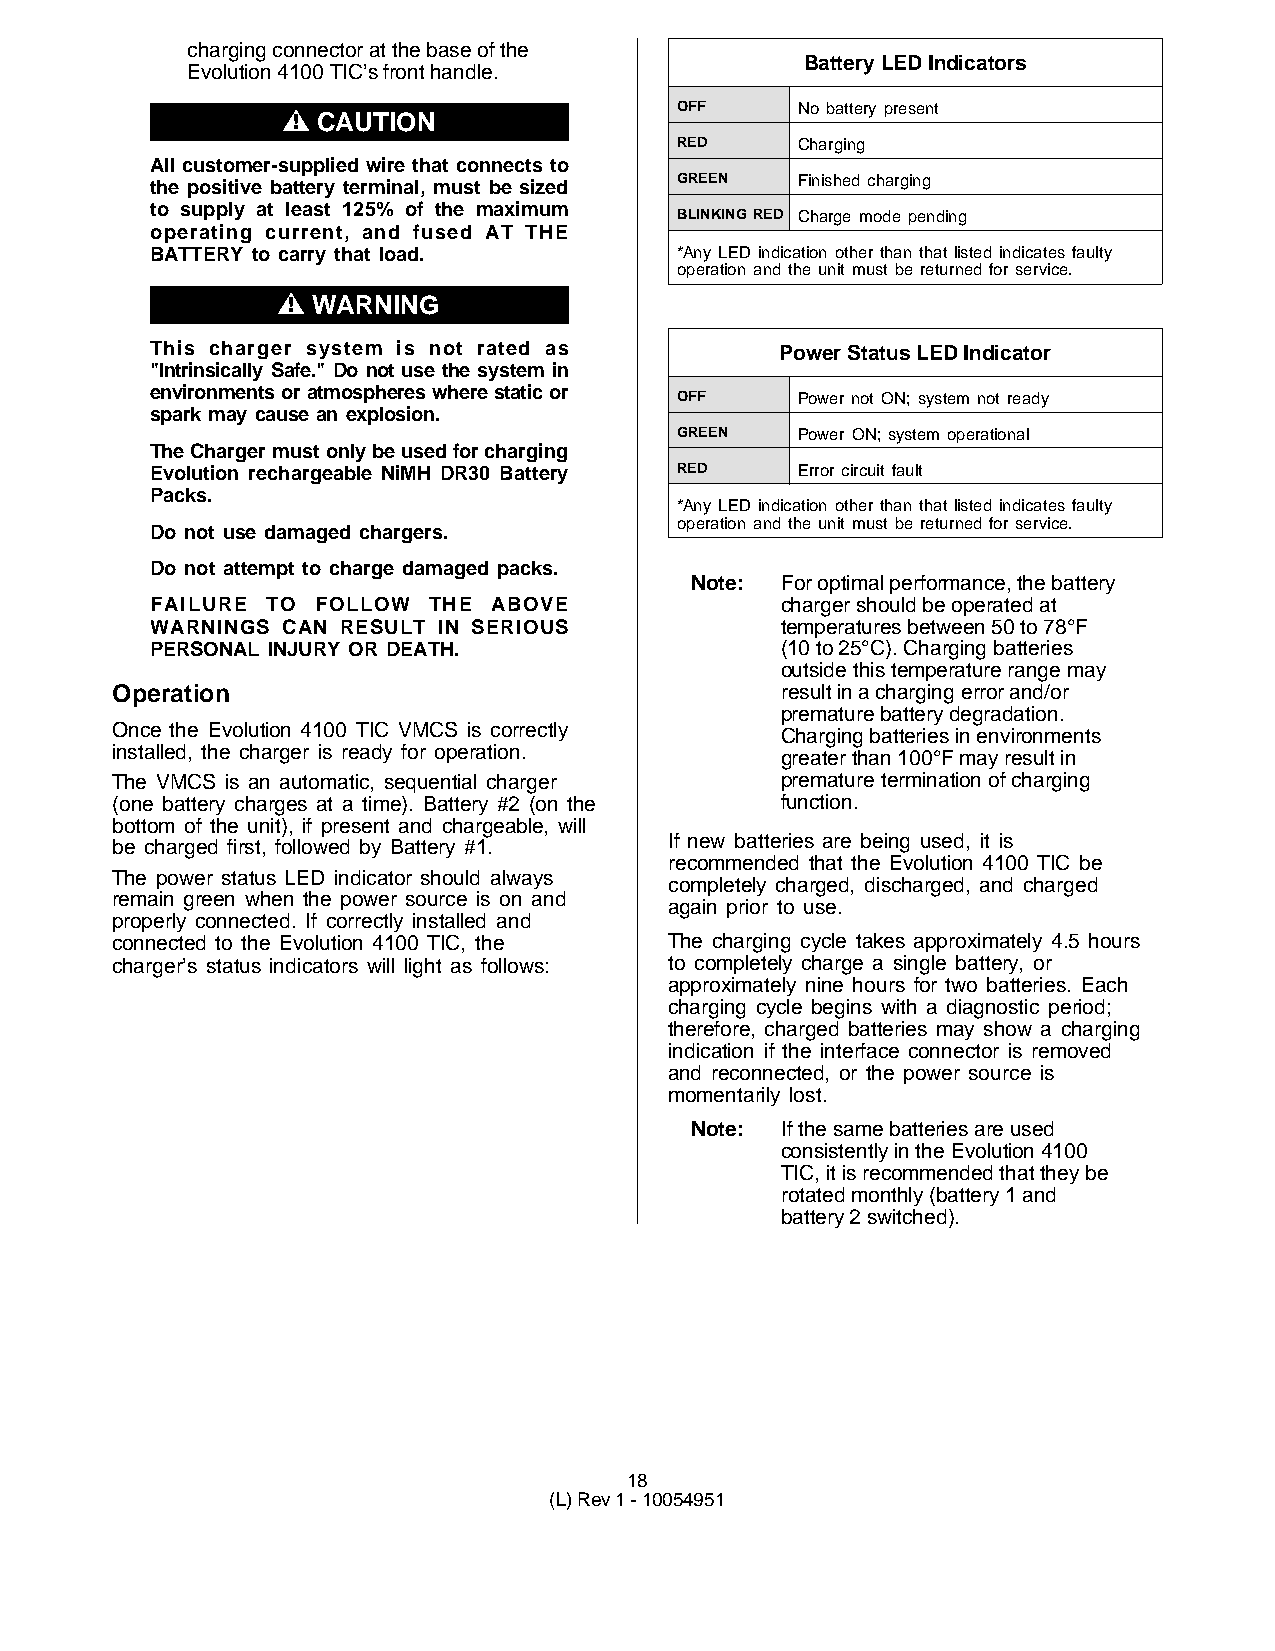
charging connector at the base of the
 Battery LED Indicators
 Evolution 4100 TIC’s front handle.
 OFF     No battery present
 "!CAUTION
 RED     Charging
 All customer-supplied wire that connects to
 the positive battery terminal, must be sized GREEN Finished charging
 to supply at least 125% of the maximum
 BLINKING RED Charge mode pending
 operating current, and fused AT THE
 BATTERY to carry that load.        *Any LED indication other than that listed indicates faulty
 operation and the unit must be returned for service.
 "  WARNING
 This charger system is not rated as       Power Status LED Indicator
 "Intrinsically Safe." Do not use the system in
 environments or atmospheres where static or OFF Power not ON; system not ready
 spark may cause an explosion.
 GREEN   Power ON; system operational
 The Charger must only be used for charging
 Evolution rechargeable NiMH DR30 Battery RED Error circuit fault
 Packs.
 *Any LED indication other than that listed indicates faulty
 operation and the unit must be returned for service.
 Do not use damaged chargers.
 Do not attempt to charge damaged packs.
 Note: For optimal performance, the battery
 FAILURE TO FOLLOW THE  ABOVE              charger should be operated at
 WARNINGS CAN RESULT IN SERIOUS            temperatures between 50 to 78°F
 PERSONAL INJURY OR DEATH.                 (10 to 25°C). Charging batteries
 outside this temperature range may
 Operation                                    result in a charging error and/or
 premature battery degradation.
 Once the Evolution 4100 TIC VMCS is correctly Charging batteries in environments
 installed, the charger is ready for operation. greater than 100°F may result in
 The VMCS is an automatic, sequential charger premature termination of charging
 (one battery charges at a time). Battery #2 (on the function.
 bottom of the unit), if present and chargeable, will
 be charged first, followed by Battery #1. If new batteries are being used, it is
 recommended that the Evolution 4100 TIC be
 The power status LED indicator should always
 completely charged, discharged, and charged
 remain green when the power source is on and
 again prior to use.
 properly connected. If correctly installed and
 connected to the Evolution 4100 TIC, the The charging cycle takes approximately 4.5 hours
 charger’s status indicators will light as follows: to completely charge a single battery, or
 approximately nine hours for two batteries. Each
 charging cycle begins with a diagnostic period;
 therefore, charged batteries may show a charging
 indication if the interface connector is removed
 and reconnected, or the power source is
 momentarily lost.
 Note: If the same batteries are used
 consistently in the Evolution 4100
 TIC, it is recommended that they be
 rotated monthly (battery 1 and
 battery 2 switched).
 18
 (L) Rev 1 - 10054951